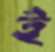
ই